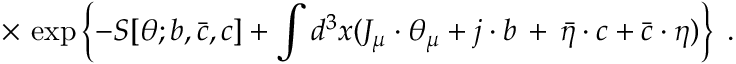
\times \, \exp \left\{ - S [ \theta ; b , { \bar { c } } , c ] + \int d ^ { 3 } x ( J _ { \mu } \cdot \theta _ { \mu } + j \cdot b \, + \, { \bar { \eta } } \cdot c + { \bar { c } } \cdot \eta ) \right\} \; .